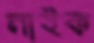
নাইক